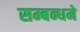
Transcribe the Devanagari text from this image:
सम्बन्धमे